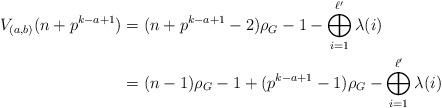
LaTeX: \begin{align*} V_{(a,b)}(n+p^{k-a+1}) & = (n+p^{k-a+1}-2)\rho_G - 1 -\bigoplus_{i=1}^{\ell'} \lambda(i) \\ & = (n-1)\rho_G -1+(p^{k-a+1}-1)\rho_G - \bigoplus_{i=1}^{\ell'} \lambda(i)\end{align*}